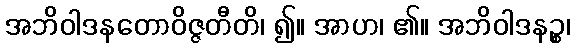
အဘိဝါဒနတောဝိဇ္ဇတီတိ၊ ၍။ အာဟ၊ ၏။ အဘိဝါဒနဉ္စ၊